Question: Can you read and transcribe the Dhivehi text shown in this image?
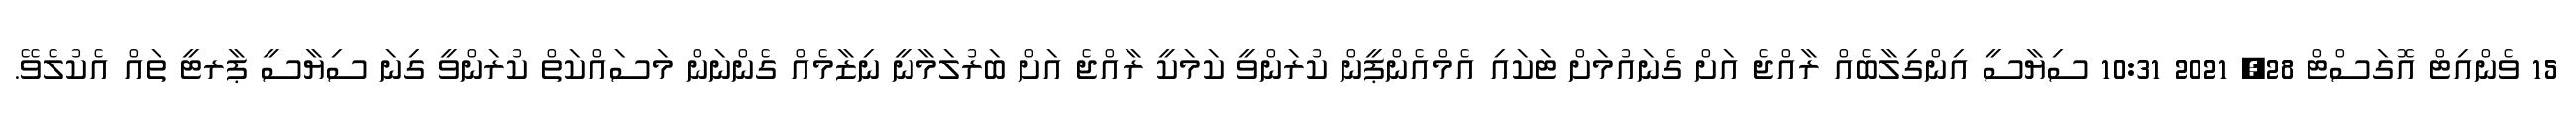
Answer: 15 ވެންއިޓް އޮގަސްޓް 28, 2021 10:31 ސިޔާސީ އިންގިލާބެއް ރާއްޖެ އަށް ގެނައުމަށް ޓަކައި އެމްއެންޕީން ކުރަންވީ ކަމަކީ ރާއްޖެ އަށް ބަރުލަމާނީ ނިޒާމެއް ގެންނަން މަސައްކަތް ކުރަންވީ ގިނަ ސިޔާސީ ޕާރޓީ ތައް އެކުލެވޭ.